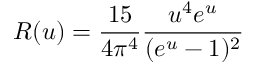
R ( u ) = \frac { 1 5 } { 4 \pi ^ { 4 } } \frac { u ^ { 4 } e ^ { u } } { ( e ^ { u } - 1 ) ^ { 2 } }